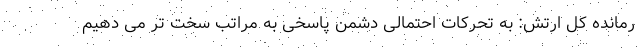
رمانده کل ارتش: به تحرکات احتمالی دشمن پاسخی به مراتب سخت تر می دهیم